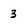
Character: 3